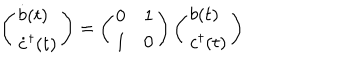
LaTeX: \left( \begin{array} { l } { { \dot { b } ( t ) } } \\ { { \dot { c } ^ { \dagger } ( t ) } } \\ \end{array} \right) = \left( \begin{array} { l l } { { 0 } } & { { 1 } } \\ { { 1 } } & { { 0 } } \\ \end{array} \right) \left( \begin{array} { l } { { b ( t ) } } \\ { { c ^ { \dagger } ( t ) } } \\ \end{array} \right)